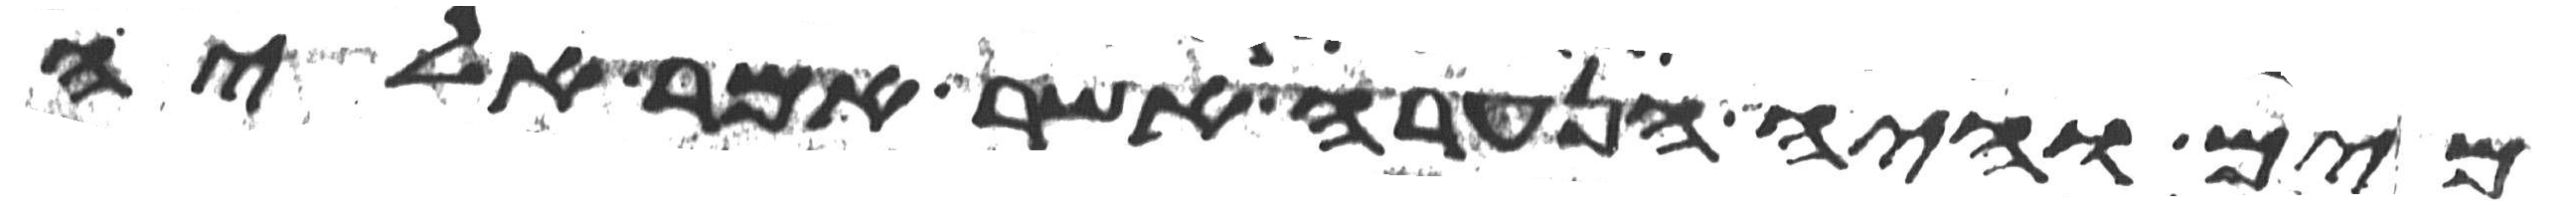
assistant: מים והיה הנערה אשר אמר אליה